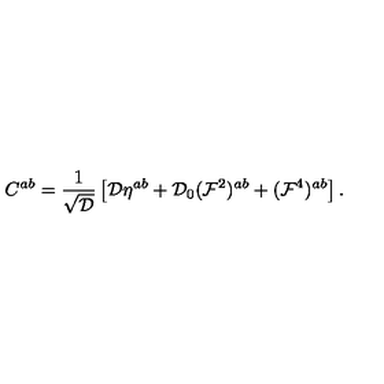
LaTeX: C ^ { a b } = { \frac { 1 } { \sqrt { \cal D } } } \left[ { \cal D } \eta ^ { a b } + { \cal D } _ { 0 } ( { \cal F } ^ { 2 } ) ^ { a b } + ( { \cal F } ^ { 4 } ) ^ { a b } \right] .